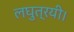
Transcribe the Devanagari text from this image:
लघुत्रयी।